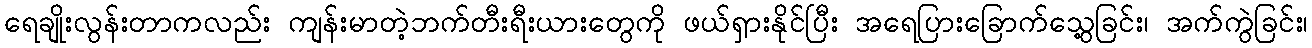
ရေချိုးလွန်းတာကလည်း ကျန်းမာတဲ့ဘက်တီးရီးယားတွေကို ဖယ်ရှားနိုင်ပြီး အရေပြားခြောက်သွေ့ခြင်း၊ အက်ကွဲခြင်း၊